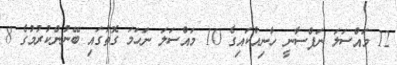
12 މައްސަލަ ނަފްސާނީ ހާނިއްކައިގެ 10 މައްސަލަ ނަހަމަ ގޮތުގައި ބޭނުންކުރުމުގެ 8